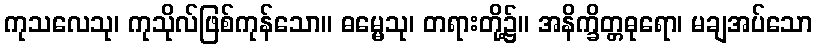
ကုသလေသု၊ ကုသိုလ်ဖြစ်ကုန်သော။ ဓမ္မေသု၊ တရားတို့၌။ အနိက္ခိတ္တဓုရော၊ မချအပ်သော